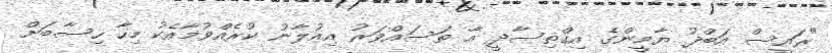
"ރައީސް އަބްދު ޔާމީންގެ އިގްތިސާދީ އާ ތަސައްވަރު އިއުލާނު ކުރެއްވުމާއެކު މިހާ ހިސާބަށް